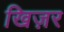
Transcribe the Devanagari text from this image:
खिज़र